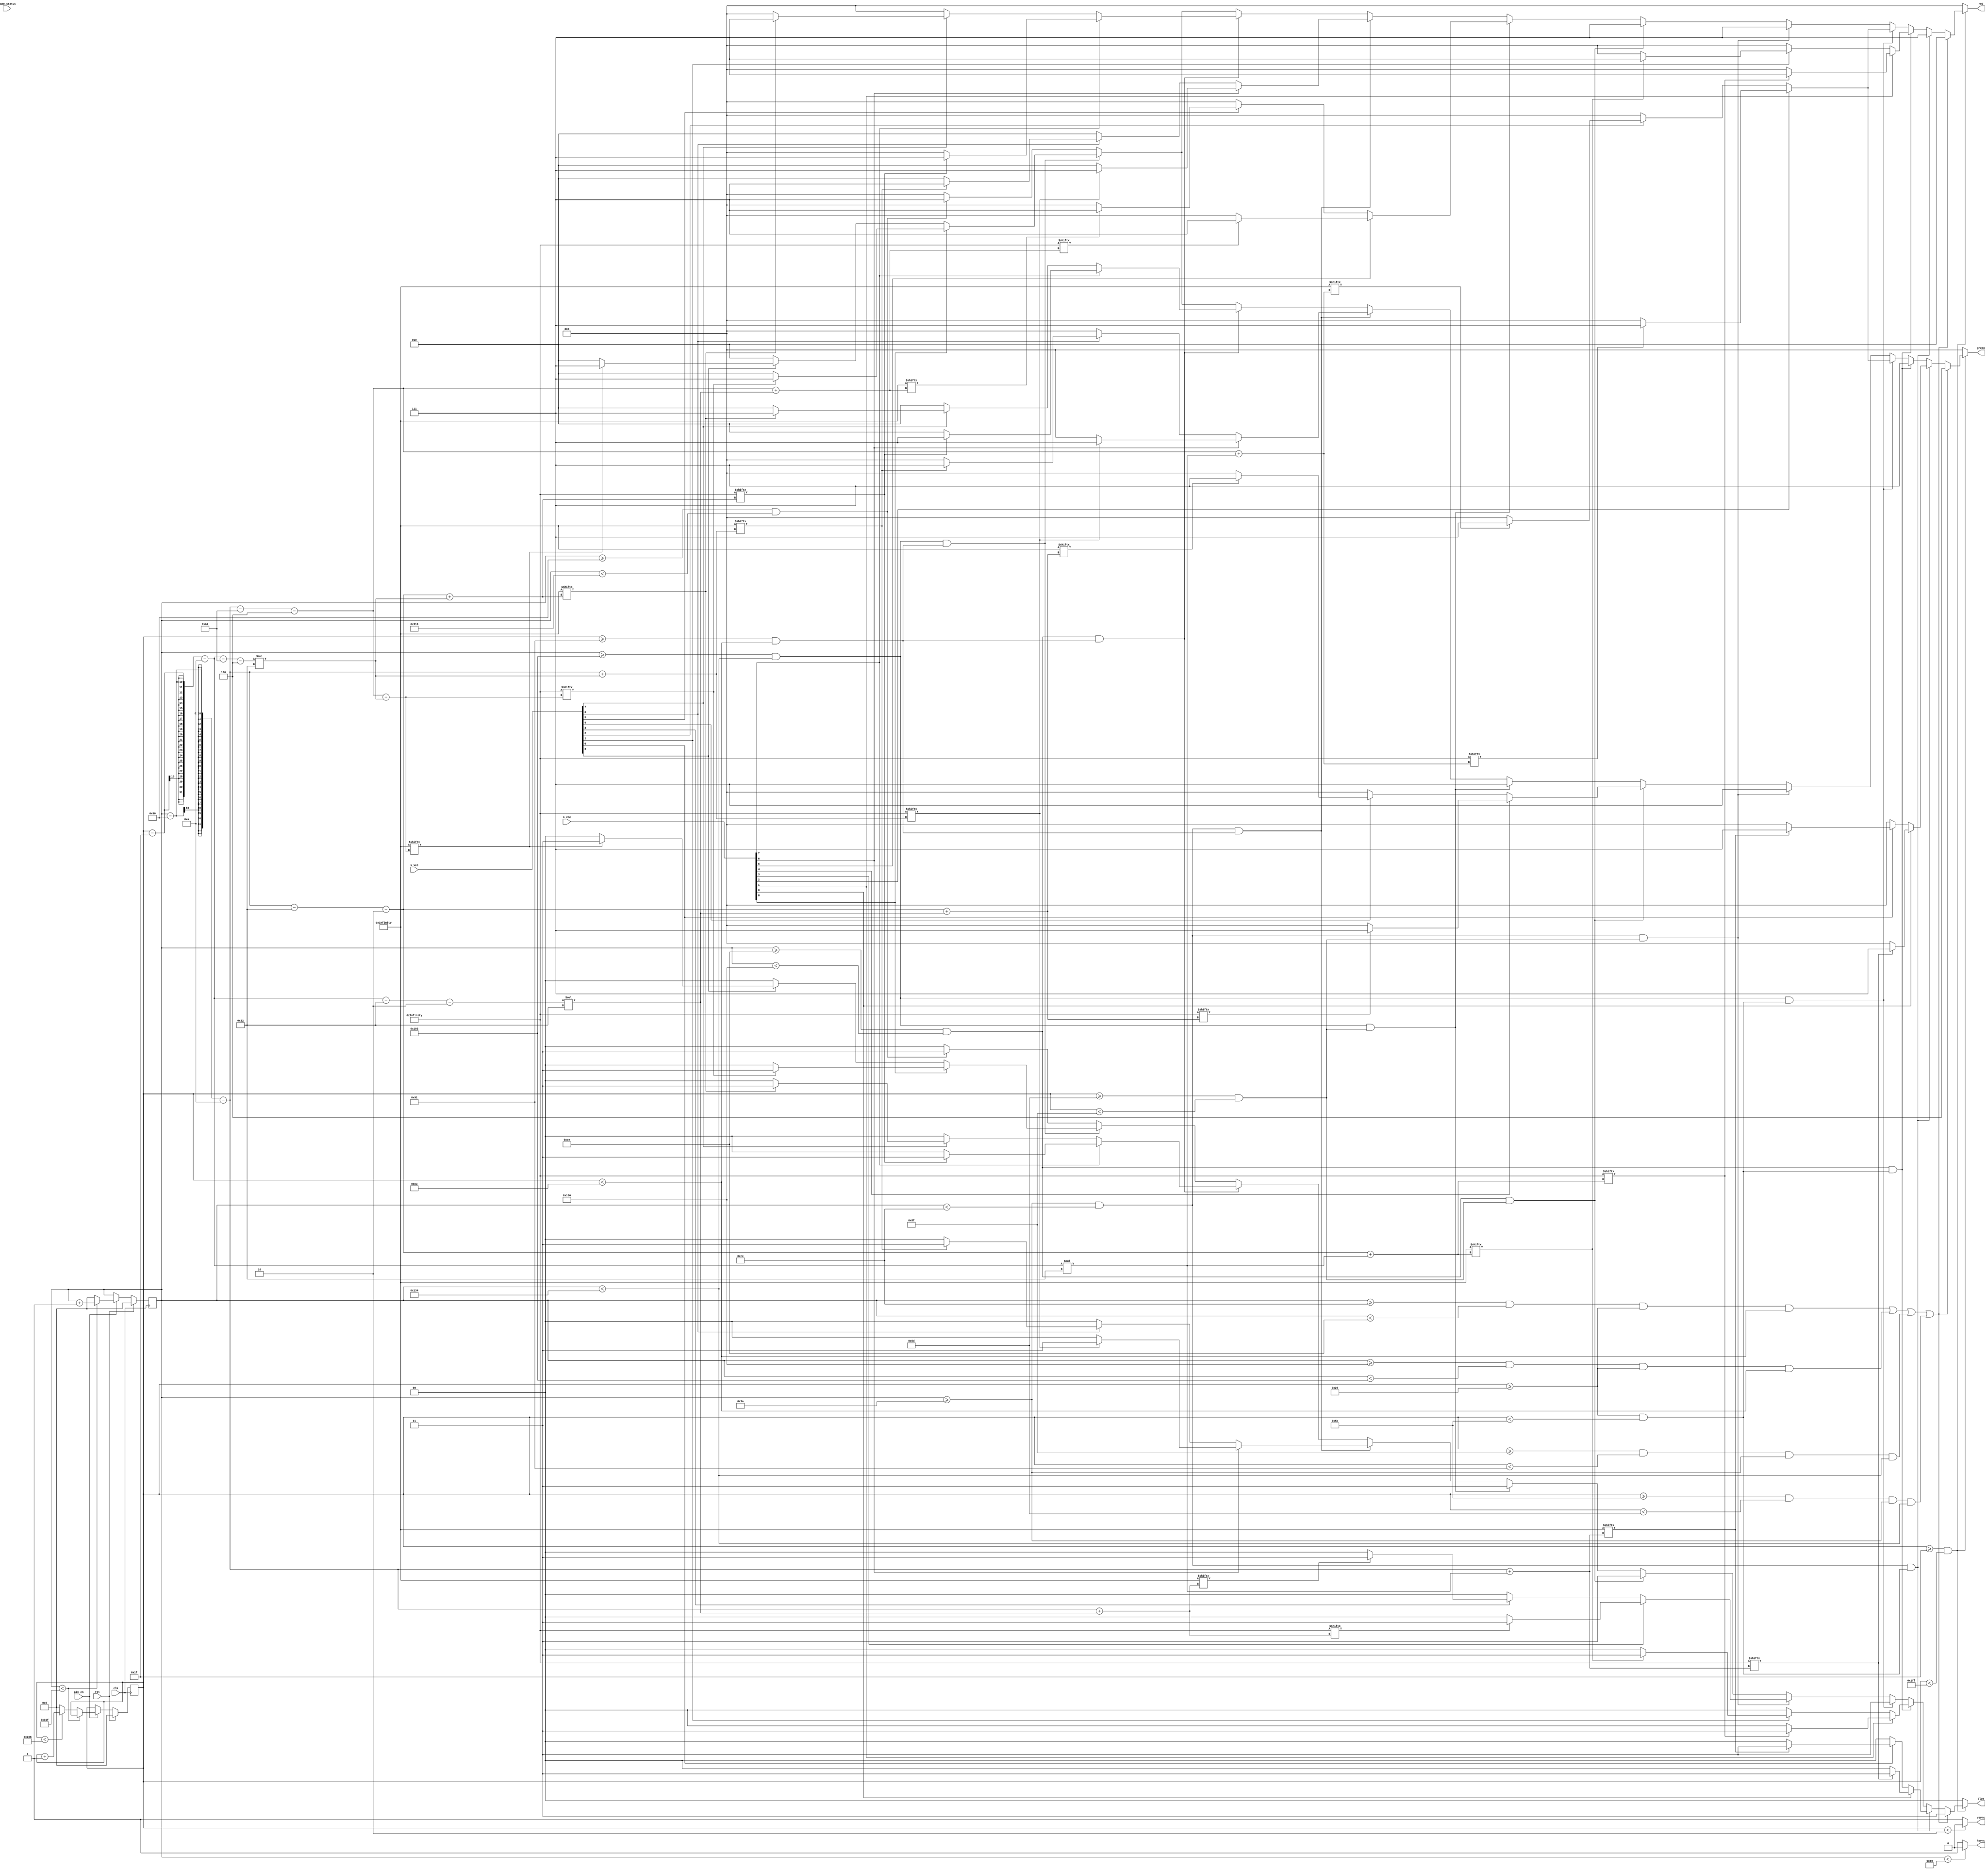
`timescale 1ns / 1ps
//////////////////////////////////////////////////////////////////////////////////
// Company: 
// Engineer: 
// 
// Design Name: 
// Module Name:    vga640x480 
// Project Name: 
// Target Devices: 
// Tool versions: 
// Description: 
//
// Dependencies: 
//
// Revision: 
// Revision 0.01 - File Created
// Additional Comments: 
//
//////////////////////////////////////////////////////////////////////////////////
module vga640x480(
	input wire pix_en,		//pixel clock: 25MHz
	input wire clk,			//100MHz
	input wire rst,			//asynchronous reset,
	input wire [8:0] o_vec,
	input wire [8:0] x_vec,
	input wire [2:0] game_status,
	output wire hsync,		//horizontal sync out
	output wire vsync,		//vertical sync out
	output reg [2:0] red,	//red vga output
	output reg [2:0] green, //green vga output
	output reg [1:0] blue	//blue vga output
	);

// video structure constants
parameter [9:0] hpixels = 800;// horizontal pixels per line
parameter [9:0] vlines = 521; // vertical lines per frame
parameter [9:0] hpulse = 96; 	// hsync pulse length
parameter [9:0] vpulse = 2; 	// vsync pulse length
parameter [9:0] hbp = 144; 	// end of horizontal back porch
parameter [9:0] hfp = 784; 	// beginning of horizontal front porch
parameter [9:0] vbp = 31; 		// end of vertical back porch
parameter [9:0] vfp = 511; 	// beginning of vertical front porch
// active horizontal video is therefore: 784 - 144 = 640
// active vertical video is therefore: 511 - 31 = 480

// registers for storing the horizontal & vertical counters
reg [9:0] hc;
reg [9:0] vc;

// Horizontal & vertical counters --
// this is how we keep track of where we are on the screen.
// ------------------------
// Sequential "always block", which is a block that is
// only triggered on signal transitions or "edges".
// posedge = rising edge  &  negedge = falling edge
// Assignment statements can only be used on type "reg" and need to be of the "non-blocking" type: <=
always @(posedge clk)
begin
	// reset condition
	if (rst == 1)
	begin
		hc <= 0;
		vc <= 0;
	end
	else if (pix_en == 1)
	begin
		// keep counting until the end of the line
		if (hc < hpixels - 1)
			hc <= hc + 1;
		else
		// When we hit the end of the line, reset the horizontal
		// counter and increment the vertical counter.
		// If vertical counter is at the end of the frame, then
		// reset that one too.
		begin
			hc <= 0;
			if (vc < vlines - 1)
				vc <= vc + 1;
			else
				vc <= 0;
		end
		
	end
end

// generate sync pulses (active low)
// ----------------
// "assign" statements are a quick way to
// give values to variables of type: wire
assign hsync = (hc < hpulse) ? 0:1;
assign vsync = (vc < vpulse) ? 0:1;

parameter [9:0] line_thickness = 2;
parameter [9:0] tile_offset = 10;
parameter [9:0] tile_width = 50;
parameter [9:0] radius = 15;
parameter [9:0] circle_thickness = 2;
//parameter [9:0] o_vec = 9'b111111111;
//parameter [9:0] x_vec = 9'b000000000;
reg [50:0] x_arr [50:0];//INDEX {..., 1, 0}. Note that 50 should be equal to tile_width
reg [50:0] y_arr [50:0];//INDEX {..., 1, 0}. Note that 50 should be equal to tile_width
parameter [2500:0] o_pic = {
{50'b00000000000000000000000000000000000000000000000000},
{50'b00000000000000000000000000000000000000000000000000},
{50'b00000000000000000000000000000000000000000000000000},
{50'b00000000000000000000000000000000000000000000000000},
{50'b00000000000000000000000000000000000000000000000000},
{50'b00000000000000000000000000000000000000000000000000},
{50'b00000000000000000000000000000000000000000000000000},
{50'b00000000000000000001111111111100000000000000000000},
{50'b00000000000000001111111111111111100000000000000000},
{50'b00000000000000011111111111111111110000000000000000},
{50'b00000000000001111110000000000011111100000000000000},
{50'b00000000000011111000000000000000111110000000000000},
{50'b00000000000111100000000000000000001111000000000000},
{50'b00000000001111000000000000000000000111100000000000},
{50'b00000000001110000000000000000000000011100000000000},
{50'b00000000011100000000000000000000000001110000000000},
{50'b00000000111100000000000000000000000001111000000000},
{50'b00000000111000000000000000000000000000111000000000},
{50'b00000000111000000000000000000000000000111000000000},
{50'b00000001110000000000000000000000000000011100000000},
{50'b00000001110000000000000000000000000000011100000000},
{50'b00000001110000000000000000000000000000011100000000},
{50'b00000001110000000000000000000000000000011100000000},
{50'b00000001110000000000000000000000000000011100000000},
{50'b00000001110000000000000000000000000000011100000000},
{50'b00000001110000000000000000000000000000011100000000},
{50'b00000001110000000000000000000000000000011100000000},
{50'b00000001110000000000000000000000000000011100000000},
{50'b00000001110000000000000000000000000000011100000000},
{50'b00000001110000000000000000000000000000011100000000},
{50'b00000000111000000000000000000000000000111000000000},
{50'b00000000111000000000000000000000000000111000000000},
{50'b00000000111100000000000000000000000001111000000000},
{50'b00000000011100000000000000000000000001110000000000},
{50'b00000000001110000000000000000000000011100000000000},
{50'b00000000001111000000000000000000000111100000000000},
{50'b00000000000111100000000000000000001111000000000000},
{50'b00000000000011111000000000000000111110000000000000},
{50'b00000000000001111110000000000011111100000000000000},
{50'b00000000000000011111111111111111110000000000000000},
{50'b00000000000000001111111111111111100000000000000000},
{50'b00000000000000000001111111111100000000000000000000},
{50'b00000000000000000000000000000000000000000000000000},
{50'b00000000000000000000000000000000000000000000000000},
{50'b00000000000000000000000000000000000000000000000000},
{50'b00000000000000000000000000000000000000000000000000},
{50'b00000000000000000000000000000000000000000000000000},
{50'b00000000000000000000000000000000000000000000000000},
{50'b00000000000000000000000000000000000000000000000000},
{50'b00000000000000000000000000000000000000000000000000}
};

parameter [2500:0] x_pic = {
{50'b00000000000000000000000000000000000000000000000000},
{50'b01110000000000000000000000000000000000000000000111},
{50'b00111000000000000000000000000000000000000000001110},
{50'b00011100000000000000000000000000000000000000011100},
{50'b00001110000000000000000000000000000000000000111000},
{50'b00000111000000000000000000000000000000000001110000},
{50'b00000011100000000000000000000000000000000011100000},
{50'b00000001110000000000000000000000000000000111000000},
{50'b00000000111000000000000000000000000000001110000000},
{50'b00000000011100000000000000000000000000011100000000},
{50'b00000000001110000000000000000000000000111000000000},
{50'b00000000000111000000000000000000000001110000000000},
{50'b00000000000011100000000000000000000011100000000000},
{50'b00000000000001110000000000000000000111000000000000},
{50'b00000000000000111000000000000000001110000000000000},
{50'b00000000000000011100000000000000011100000000000000},
{50'b00000000000000001110000000000000111000000000000000},
{50'b00000000000000000111000000000001110000000000000000},
{50'b00000000000000000011100000000011100000000000000000},
{50'b00000000000000000001110000000111000000000000000000},
{50'b00000000000000000000111000001110000000000000000000},
{50'b00000000000000000000011100011100000000000000000000},
{50'b00000000000000000000001110111000000000000000000000},
{50'b00000000000000000000000111110000000000000000000000},
{50'b00000000000000000000000011100000000000000000000000},
{50'b00000000000000000000000111110000000000000000000000},
{50'b00000000000000000000001110111000000000000000000000},
{50'b00000000000000000000011100011100000000000000000000},
{50'b00000000000000000000111000001110000000000000000000},
{50'b00000000000000000001110000000111000000000000000000},
{50'b00000000000000000011100000000011100000000000000000},
{50'b00000000000000000111000000000001110000000000000000},
{50'b00000000000000001110000000000000111000000000000000},
{50'b00000000000000011100000000000000011100000000000000},
{50'b00000000000000111000000000000000001110000000000000},
{50'b00000000000001110000000000000000000111000000000000},
{50'b00000000000011100000000000000000000011100000000000},
{50'b00000000000111000000000000000000000001110000000000},
{50'b00000000001110000000000000000000000000111000000000},
{50'b00000000011100000000000000000000000000011100000000},
{50'b00000000111000000000000000000000000000001110000000},
{50'b00000001110000000000000000000000000000000111000000},
{50'b00000011100000000000000000000000000000000011100000},
{50'b00000111000000000000000000000000000000000001110000},
{50'b00001110000000000000000000000000000000000000111000},
{50'b00011100000000000000000000000000000000000000011100},
{50'b00111000000000000000000000000000000000000000001110},
{50'b01110000000000000000000000000000000000000000000111},
{50'b01100000000000000000000000000000000000000000000011},
{50'b01000000000000000000000000000000000000000000000001}
};

// display 100% saturation colorbars
// ------------------------
// Combinational "always block", which is a block that is
// triggered when anything in the "sensitivity list" changes.
// The asterisk implies that everything that is capable of triggering the block
// is automatically included in the sensitivty list.  In this case, it would be
// equivalent to the following: always @(hc, vc)
// Assignment statements can only be used on type "reg" and should be of the "blocking" type: =
always @(*)
begin
	// first check if we're within vertical active video range
	if (vc >= vbp && vc < vfp)
	begin
		// Tic-Tac-Toe Lines
		if ( (hc >= (hbp + tile_offset + tile_width) && hc < (hbp + tile_offset + tile_width + line_thickness) 
					&& vc >= (vbp + tile_offset) && vc < (vbp + tile_offset + 3*tile_width + 2*line_thickness))
			|| (hc >= (hbp + tile_offset + tile_width*2 + line_thickness) && hc < (hbp + tile_offset + tile_width*2 + line_thickness*2) 
					&& vc >= (vbp + tile_offset) && vc < (vbp + tile_offset + 3*tile_width + 2*line_thickness))
			|| (vc >= (vbp + tile_offset + tile_width*2 + line_thickness) && vc < (vbp + tile_offset + tile_width*2 + line_thickness*2) 
					&& hc >= (hbp + tile_offset) && hc < (hbp + tile_offset + 3*tile_width + 2*line_thickness))
			|| (vc >= (vbp + tile_offset + tile_width) && vc < (vbp + tile_offset + tile_width + line_thickness) 
					&& hc >= (hbp + tile_offset) && hc < (hbp + tile_offset + 3*tile_width + 2*line_thickness)))
		begin
			red = 3'b010;
			green = 3'b100;
			blue = 2'b11;
		end
		
		
		// Tile Blocks
		// 0 | 1 | 2
		// 3 | 4 | 5
		// 6 | 7 | 8
		// Begin Row 1
		else if (   (hc >= (hbp + tile_offset) && hc < (hbp + tile_offset + tile_width))
					&& (vc >= (vbp + tile_offset) && vc < (vbp + tile_offset + tile_width)))
		begin // Tile 0

			if (o_vec[0])
			begin
				if (o_pic[(hc - hbp - tile_offset) + (vc - vbp - tile_offset) * 50])
				begin
					red = 3'b111;
					green = 3'b111;
					blue = 2'b11;
				end
				else 
				begin
					red = 3'b111;
					green = 3'b000;
					blue = 2'b00;
				end
			end
			else if (x_vec[0])
			begin
				if (x_pic[(hc - hbp - tile_offset) + (vc - vbp - tile_offset) * 50])
				begin
					red = 3'b111;
					green = 3'b111;
					blue = 2'b11;
				end
				else 
				begin
					red = 3'b111;
					green = 3'b000;
					blue = 2'b00;
				end
			end
			else
			begin
				red = 3'b111;
				green = 3'b000;
				blue = 2'b00;
			end
			
		end
		else if (   (hc >= (hbp + tile_offset + line_thickness + tile_width) && hc < (hbp + tile_offset + tile_width*2 + line_thickness))
					&& (vc >= (vbp + tile_offset) && vc < (vbp + tile_offset + tile_width)))
		begin //Tile 1
			if (o_vec[1])
			begin
				if (o_pic[(hc - hbp - tile_offset - tile_width - line_thickness) + (vc - vbp - tile_offset) * 50])
				begin
					red = 3'b111;
					green = 3'b111;
					blue = 2'b11;
				end
				else 
				begin
					red = 3'b000;
					green = 3'b111;
					blue = 2'b00;
				end
			end
			else if (x_vec[1])
			begin
				if (x_pic[(hc - hbp - tile_offset - tile_width - line_thickness) + (vc - vbp - tile_offset) * 50])
				begin
					red = 3'b111;
					green = 3'b111;
					blue = 2'b11;
				end
				else 
				begin
					red = 3'b000;
					green = 3'b111;
					blue = 2'b00;
				end
			end
			else
			begin
				red = 3'b000;
				green = 3'b111;
				blue = 2'b00;
			end
		end
		else if (   (hc >= (hbp + tile_offset + line_thickness*2 + tile_width*2) && hc < (hbp + tile_offset + tile_width*3 + line_thickness*2))
					&& (vc >= (vbp + tile_offset) && vc < (vbp + tile_offset + tile_width)))
		begin // Tile 2
			if (o_vec[2])
			begin
				if (o_pic[(hc - hbp - tile_offset - tile_width * 2 - line_thickness*2) + (vc - vbp - tile_offset) * 50])
				begin
					red = 3'b111;
					green = 3'b111;
					blue = 2'b11;
				end
				else 
				begin
					red = 3'b000;
					green = 3'b000;
					blue = 2'b11;
				end
			end
			else if (x_vec[2])
			begin
				if (x_pic[(hc - hbp - tile_offset - tile_width * 2 - line_thickness*2) + (vc - vbp - tile_offset) * 50])
				begin
					red = 3'b111;
					green = 3'b111;
					blue = 2'b11;
				end
				else 
				begin
					red = 3'b000;
					green = 3'b000;
					blue = 2'b11;
				end
			end
			else
			begin
				red = 3'b000;
				green = 3'b000;
				blue = 2'b11;
			end
		end
		// Begin Row 2
		else if (   (hc >= (hbp + tile_offset) && hc < (hbp + tile_offset + tile_width))
					&& (vc >= (vbp + tile_offset + line_thickness + tile_width) && vc < (vbp + tile_offset + tile_width*2 + line_thickness)))
		begin // Tile 3
			if (o_vec[3])
			begin
				if (o_pic[(hc - hbp - tile_offset) + (vc - vbp - tile_offset - tile_width - line_thickness) * 50])
				begin
					red = 3'b111;
					green = 3'b111;
					blue = 2'b11;
				end
				else 
				begin
					red = 3'b111;
					green = 3'b111;
					blue = 2'b00;
				end
			end
			else if (x_vec[3])
			begin
				if (x_pic[(hc - hbp - tile_offset) + (vc - vbp - tile_offset - tile_width - line_thickness) * 50])
				begin
					red = 3'b111;
					green = 3'b111;
					blue = 2'b11;
				end
				else 
				begin
					red = 3'b111;
					green = 3'b111;
					blue = 2'b00;
				end
			end
			else
			begin
				red = 3'b111;
				green = 3'b111;
				blue = 2'b00;
			end
		end
		else if (   (hc >= (hbp + tile_offset + line_thickness + tile_width) && hc < (hbp + tile_offset + tile_width*2 + line_thickness))
					&& (vc >= (vbp + tile_offset + line_thickness + tile_width) && vc < (vbp + tile_offset + tile_width*2 + line_thickness)))
		begin // Tile 4
			if (o_vec[4])
			begin
				if (o_pic[(hc - hbp - tile_offset - tile_width - line_thickness) + (vc - vbp - tile_offset - tile_width - line_thickness) * 50])
				begin
					red = 3'b111;
					green = 3'b111;
					blue = 2'b11;
				end
				else 
				begin
					red = 3'b111;
					green = 3'b000;
					blue = 2'b11;
				end
			end
			else if (x_vec[4])
			begin
				if (x_pic[(hc - hbp - tile_offset - tile_width - line_thickness) + (vc - vbp - tile_offset - tile_width - line_thickness) * 50])
				begin
					red = 3'b111;
					green = 3'b111;
					blue = 2'b11;
				end
				else 
				begin
					red = 3'b111;
					green = 3'b000;
					blue = 2'b11;
				end
			end
			else
			begin
				red = 3'b111;
				green = 3'b000;
				blue = 2'b11;
			end
		end
		else if (   (hc >= (hbp + tile_offset + line_thickness*2 + tile_width*2) && hc < (hbp + tile_offset + tile_width*3 + line_thickness*2))
					&& (vc >= (vbp + tile_offset + line_thickness + tile_width) && vc < (vbp + tile_offset + tile_width*2 + line_thickness)))
		begin // Tile 5
			if (o_vec[5])
			begin
				if (o_pic[(hc - hbp - tile_offset - tile_width * 2 - line_thickness*2) + (vc - vbp - tile_offset - tile_width - line_thickness) * 50])
				begin
					red = 3'b111;
					green = 3'b111;
					blue = 2'b11;
				end
				else 
				begin
					red = 3'b000;
					green = 3'b111;
					blue = 2'b11;
				end
			end
			else if (x_vec[5])
			begin
				if (x_pic[(hc - hbp - tile_offset - tile_width * 2 - line_thickness*2) + (vc - vbp - tile_offset - tile_width - line_thickness) * 50])
				begin
					red = 3'b111;
					green = 3'b111;
					blue = 2'b11;
				end
				else 
				begin
					red = 3'b000;
					green = 3'b111;
					blue = 2'b11;
				end
			end
			else
			begin
				red = 3'b000;
				green = 3'b111;
				blue = 2'b11;
			end
		end
		// Begin Row 3
		else if (   (hc >= (hbp + tile_offset) && hc < (hbp + tile_offset + tile_width))
					&& (vc >= (vbp + tile_offset + line_thickness*2 + tile_width*2) && vc < (vbp + tile_offset + tile_width*3 + line_thickness*2)))
		begin // Tile 6
			if (o_vec[6])
			begin
				if (o_pic[(hc - hbp - tile_offset) + (vc - vbp - tile_offset - tile_width * 2 - line_thickness * 2) * 50])
				begin
					red = 3'b111;
					green = 3'b111;
					blue = 2'b11;
				end
				else 
				begin
					red = 3'b010;
					green = 3'b000;
					blue = 2'b00;
				end
			end
			else if (x_vec[6])
			begin
				if (x_pic[(hc - hbp - tile_offset) + (vc - vbp - tile_offset - tile_width * 2 - line_thickness * 2) * 50])
				begin
					red = 3'b111;
					green = 3'b111;
					blue = 2'b11;
				end
				else 
				begin
					red = 3'b010;
					green = 3'b000;
					blue = 2'b00;
				end
			end
			else
			begin
				red = 3'b010;
				green = 3'b000;
				blue = 2'b00;
			end
		end
		else if (   (hc >= (hbp + tile_offset + line_thickness + tile_width) && hc < (hbp + tile_offset + tile_width*2 + line_thickness))
					&& (vc >= (vbp + tile_offset + line_thickness*2 + tile_width*2) && vc < (vbp + tile_offset + tile_width*3 + line_thickness*2)))
		begin // Tile 7
			if (o_vec[7])
			begin
				if (o_pic[(hc - hbp - tile_offset - tile_width - line_thickness) + (vc - vbp - tile_offset - tile_width * 2 - line_thickness*2) * 50])
				begin
					red = 3'b111;
					green = 3'b111;
					blue = 2'b11;
				end
				else 
				begin
					red = 3'b000;
					green = 3'b010;
					blue = 2'b00;
				end
			end
			else if (x_vec[7])
			begin
				if (x_pic[(hc - hbp - tile_offset - tile_width - line_thickness) + (vc - vbp - tile_offset - tile_width * 2 - line_thickness*2) * 50])
				begin
					red = 3'b111;
					green = 3'b111;
					blue = 2'b11;
				end
				else 
				begin
					red = 3'b000;
					green = 3'b010;
					blue = 2'b00;
				end
			end
			else
			begin
				red = 3'b000;
				green = 3'b010;
				blue = 2'b00;
			end
		end
		else if (   (hc >= (hbp + tile_offset + line_thickness*2 + tile_width*2) && hc < (hbp + tile_offset + tile_width*3 + line_thickness*2))
					&& (vc >= (vbp + tile_offset + line_thickness*2 + tile_width*2) && vc < (vbp + tile_offset + tile_width*3 + line_thickness*2)))
		begin // Tile 8
			if (o_vec[8])
			begin
				if (o_pic[(hc - hbp - tile_offset - tile_width * 2 - line_thickness * 2) + (vc - vbp - tile_offset - tile_width * 2 - line_thickness * 2) * 50])
				begin
					red = 3'b111;
					green = 3'b111;
					blue = 2'b11;
				end
				else 
				begin
					red = 3'b010;
					green = 3'b010;
					blue = 2'b00;
				end
			end
			else if (x_vec[8])
			begin
				if (x_pic[(hc - hbp - tile_offset - tile_width * 2 - line_thickness * 2) + (vc - vbp - tile_offset - tile_width * 2 - line_thickness * 2) * 50])
				begin
					red = 3'b111;
					green = 3'b111;
					blue = 2'b11;
				end
				else 
				begin
					red = 3'b010;
					green = 3'b010;
					blue = 2'b00;
				end
			end
			else
			begin
				red = 3'b010;
				green = 3'b010;
				blue = 2'b00;
			end
		end
		
		else if (hc >= (hbp) && hc < (hfp))
		begin
			red = 3'b111;
			green = 3'b111;
			blue = 2'b11;
		end
		// we're outside active horizontal range so display black
		else
		begin
			red = 0;
			green = 0;
			blue = 0;
		end
	end
	// we're outside active vertical range so display black
	else
	begin
		red = 0;
		green = 0;
		blue = 0;
	end
end

endmodule